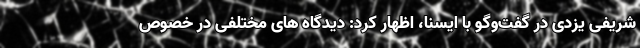
شریفی یزدی در گفت‌وگو با ایسنا، اظهار کرد: دیدگاه های مختلفی در خصوص